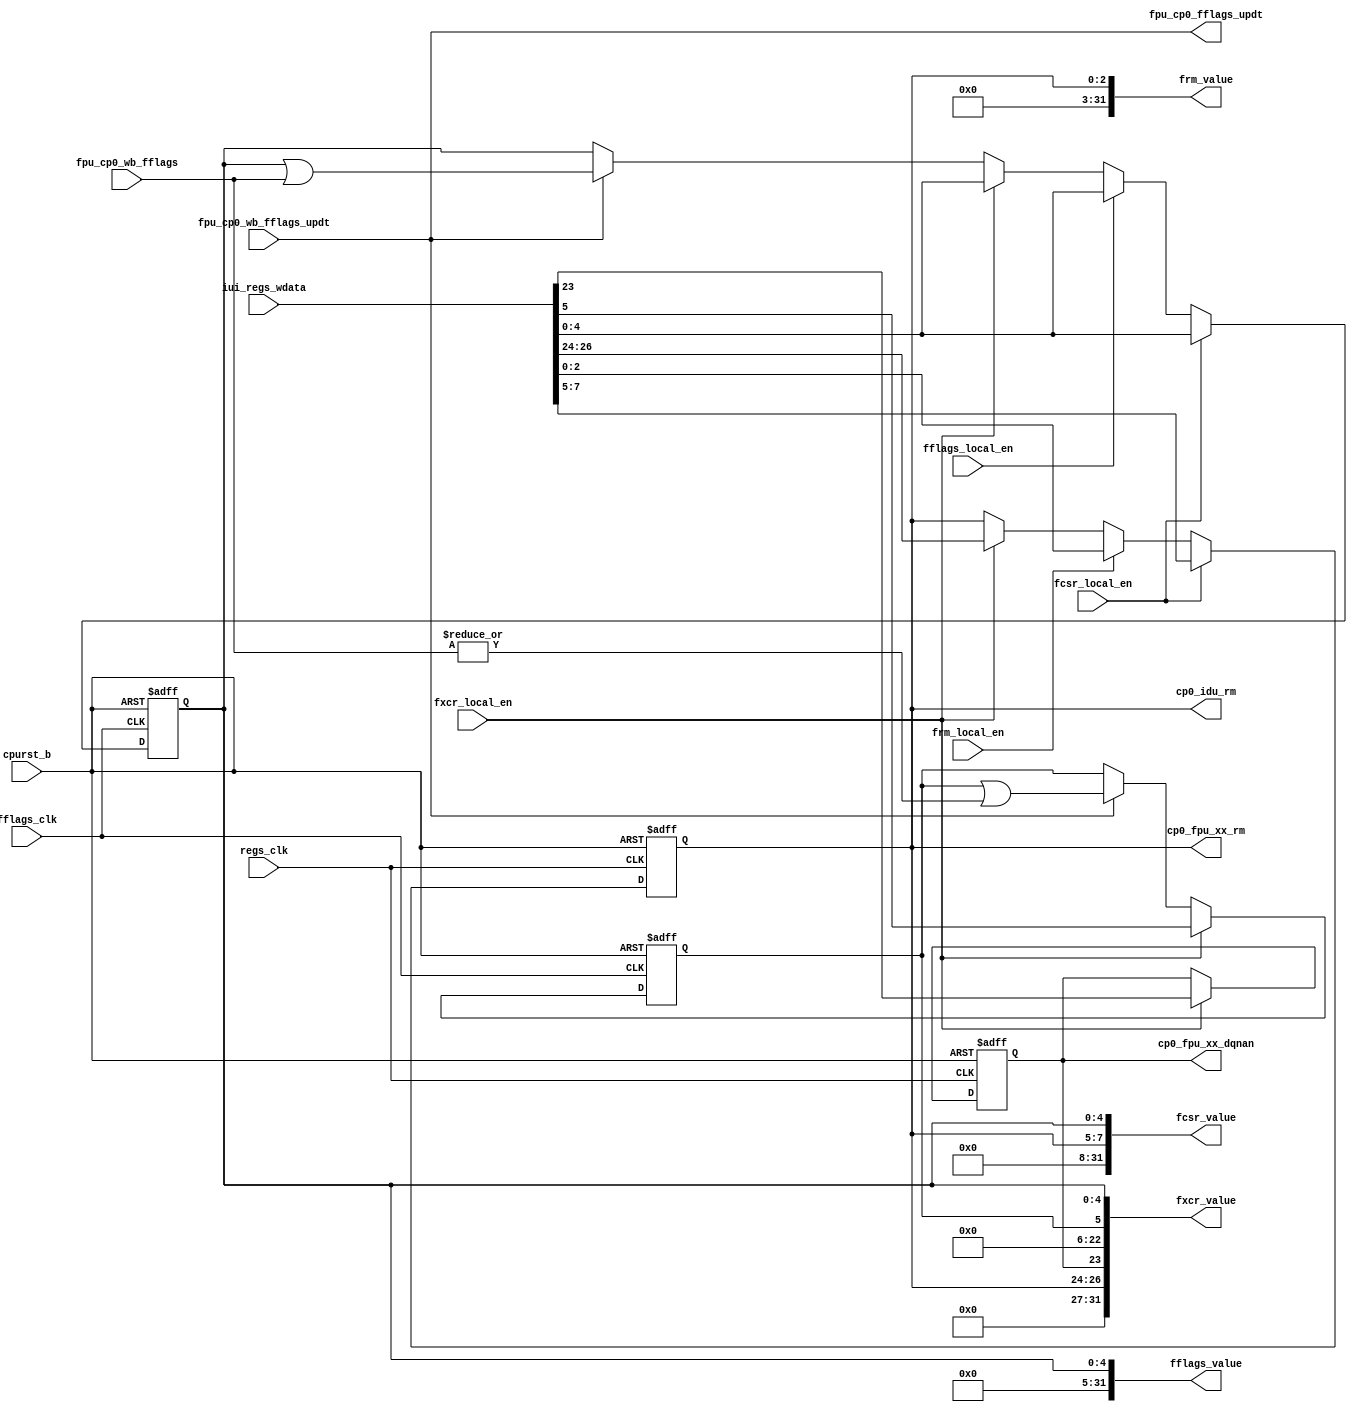
/*Copyright 2020-2021 T-Head Semiconductor Co., Ltd.

Licensed under the Apache License, Version 2.0 (the "License");
you may not use this file except in compliance with the License.
You may obtain a copy of the License at

    http://www.apache.org/licenses/LICENSE-2.0

Unless required by applicable law or agreed to in writing, software
distributed under the License is distributed on an "AS IS" BASIS,
WITHOUT WARRANTIES OR CONDITIONS OF ANY KIND, either express or implied.
See the License for the specific language governing permissions and
limitations under the License.
*/

// &ModuleBeg; @23
module pa_cp0_float_csr(
  cp0_fpu_xx_dqnan,
  cp0_fpu_xx_rm,
  cp0_idu_rm,
  cpurst_b,
  fcsr_local_en,
  fcsr_value,
  fflags_clk,
  fflags_local_en,
  fflags_value,
  fpu_cp0_fflags_updt,
  fpu_cp0_wb_fflags,
  fpu_cp0_wb_fflags_updt,
  frm_local_en,
  frm_value,
  fxcr_local_en,
  fxcr_value,
  iui_regs_wdata,
  regs_clk
);

// &Ports; @24
input           cpurst_b;              
input           fcsr_local_en;         
input           fflags_clk;            
input           fflags_local_en;       
input   [4 :0]  fpu_cp0_wb_fflags;     
input           fpu_cp0_wb_fflags_updt; 
input           frm_local_en;          
input           fxcr_local_en;         
input   [31:0]  iui_regs_wdata;        
input           regs_clk;              
output          cp0_fpu_xx_dqnan;      
output  [2 :0]  cp0_fpu_xx_rm;         
output  [2 :0]  cp0_idu_rm;            
output  [31:0]  fcsr_value;            
output  [31:0]  fflags_value;          
output          fpu_cp0_fflags_updt;   
output  [31:0]  frm_value;             
output  [31:0]  fxcr_value;            

// &Regs; @25
reg     [4 :0]  fcsr_fflags;           
reg     [2 :0]  fcsr_frm;              
reg             fxcr_dqnan;            
reg             fxcr_fe;               

// &Wires; @26
wire            cp0_fpu_xx_dqnan;      
wire    [2 :0]  cp0_fpu_xx_rm;         
wire    [2 :0]  cp0_idu_rm;            
wire            cpurst_b;              
wire            fcsr_local_en;         
wire    [31:0]  fcsr_value;            
wire            fflags_clk;            
wire            fflags_local_en;       
wire    [31:0]  fflags_value;          
wire    [4 :0]  fpu_cp0_fflags;        
wire            fpu_cp0_fflags_updt;   
wire    [4 :0]  fpu_cp0_wb_fflags;     
wire            fpu_cp0_wb_fflags_updt; 
wire            frm_local_en;          
wire    [31:0]  frm_value;             
wire            fxcr_local_en;         
wire    [31:0]  fxcr_value;            
wire    [31:0]  iui_regs_wdata;        
wire            regs_clk;              


// &Force("bus", "iui_regs_wdata", 31, 0); @28

always @ (posedge regs_clk or negedge cpurst_b)
begin
  if (!cpurst_b) begin
    fcsr_frm[2:0] <= 3'b0;
  end
  else if (fcsr_local_en) begin
    fcsr_frm[2:0] <= iui_regs_wdata[7:5];
  end
  else if (frm_local_en) begin
    fcsr_frm[2:0] <= iui_regs_wdata[2:0];
  end
  else if (fxcr_local_en) begin
    fcsr_frm[2:0] <= iui_regs_wdata[26:24];
  end
  else begin
    fcsr_frm[2:0] <= fcsr_frm[2:0];
  end
end

assign frm_value[31:0] = {29'b0, fcsr_frm[2:0]};

always @ (posedge fflags_clk or negedge cpurst_b)
begin
  if (!cpurst_b) begin
    fcsr_fflags[4:0] <= 5'b0;
  end
  else if (fcsr_local_en) begin
    fcsr_fflags[4:0] <= iui_regs_wdata[4:0];
  end
  else if (fflags_local_en) begin
    fcsr_fflags[4:0] <= iui_regs_wdata[4:0];
  end
  else if (fxcr_local_en) begin
    fcsr_fflags[4:0] <= iui_regs_wdata[4:0];
  end
  else if (fpu_cp0_fflags_updt) begin
    fcsr_fflags[4:0] <= fcsr_fflags[4:0] | fpu_cp0_fflags[4:0];
  end
  else begin
    fcsr_fflags[4:0] <= fcsr_fflags[4:0];
  end
end

assign fpu_cp0_fflags_updt = fpu_cp0_wb_fflags_updt;
// &Force("output","fpu_cp0_fflags_updt"); @74
assign fpu_cp0_fflags[4:0] = fpu_cp0_wb_fflags[4:0];
assign fflags_value[31:0] = {27'b0, fcsr_fflags[4:0]};
assign fcsr_value[31:0]   = {24'b0, fcsr_frm[2:0], fcsr_fflags[4:0]};

always @ (posedge fflags_clk or negedge cpurst_b)
begin 
  if (!cpurst_b)
    fxcr_fe <= 1'b0;
  else if (fxcr_local_en)
    fxcr_fe <= iui_regs_wdata[5];
  else if (fpu_cp0_fflags_updt)
    fxcr_fe <= fxcr_fe || (|fpu_cp0_fflags[4:0]);
  else
    fxcr_fe <= fxcr_fe;
end

always @ (posedge regs_clk or negedge cpurst_b)
begin
  if (!cpurst_b)
    fxcr_dqnan <= 1'b0;
  else if (fxcr_local_en)
    fxcr_dqnan <= iui_regs_wdata[23];
  else
    fxcr_dqnan <= fxcr_dqnan;
end

assign fxcr_value[31:0]   = {5'b0, fcsr_frm[2:0], fxcr_dqnan, 17'b0, fxcr_fe, fcsr_fflags[4:0]};



//==========================================================
//                      Output Signal
//==========================================================
assign cp0_fpu_xx_rm[2:0] = fcsr_frm[2:0];
assign cp0_fpu_xx_dqnan   = fxcr_dqnan;

assign cp0_idu_rm[2:0]    = fcsr_frm[2:0];

// &ModuleEnd; @113
endmodule